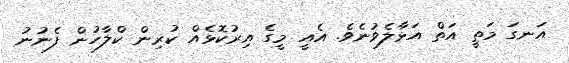
އަނގަ މަތީ އަތް އަޅާލެވުނެވެ. އެއީ މީގެ އިރުކޮޅެއް ކުރިން ކްލާހުން ފެނުނު